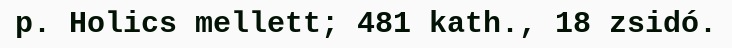
p. Holics mellett; 481 kath., 18 zsidó.